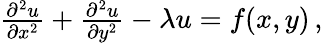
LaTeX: \begin{array}{r}{\frac{\partial^{2}u}{\partial x^{2}}+\frac{\partial^{2}u}{\partial y^{2}}-\lambda u=f(x,y)\, ,}\end{array}